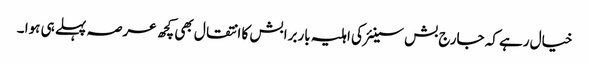
خیال رہے کہ جارج بش سینئر کی اہلیہ باربرا بش کا انتقال بھی کچھ عرصہ پہلے ہی ہوا ۔